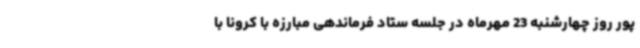
پور روز چهارشنبه 23 مهرماه در جلسه ستاد فرماندهی مبارزه با کرونا با